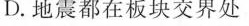
D.地震都在板块交界处